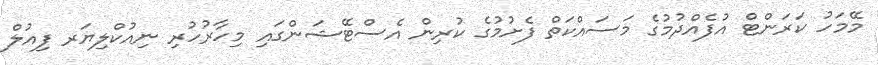
މޭމަހު ކަރަންޓް އުފެއްދުމުގެ މަސައްކަތް ފެށުމުގެ ކުރިން އެސްޓޭޝަންގައި މިހާރުހުރި ނިއުކްލިޔަރ ފިއުލް